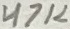
Text: 47K